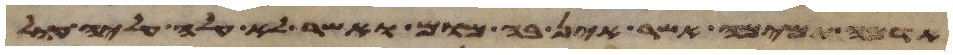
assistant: אדמה תמימה אשר אין בה מום ואשר לא עלה עליה עול